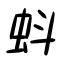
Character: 蚪